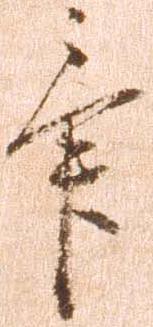
畢